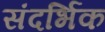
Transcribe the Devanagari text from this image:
संदर्भिक